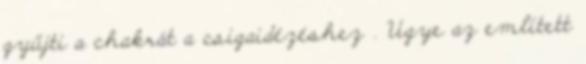
gyűjti a chakrát a csigaidézéshez . Ugye az említett